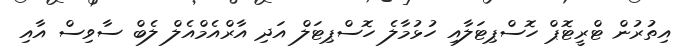
އިތުރުން ޓްރީޓޮޕް ހޮސްޕިޓަލާއި ހުޅުމާލެ ހޮސްޕިޓަލް އަދި އާރްއެމްއެލް ލެބް ސާވިސް އާއި